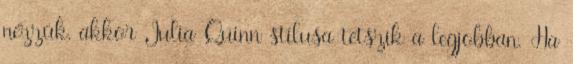
nézzük, akkor Julia Quinn stílusa tetszik a legjobban. Ha